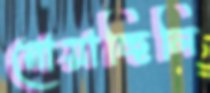
নোয়াচ্ছিলি